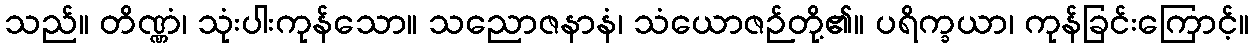
သည်။ တိဏ္ဏံ၊ သုံးပါးကုန်သော။ သညောဇနာနံ၊ သံယောဇဉ်တို့၏။ ပရိက္ခယာ၊ ကုန်ခြင်းကြောင့်။